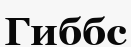
Гиббс